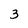
Character: 3